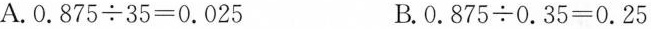
A. $$0 . 8 7 5 \div 3 5 = 0 . 0 2 5$$ B. $$0 . 8 7 5 \div 0 . 3 5 = 0 . 2 5$$